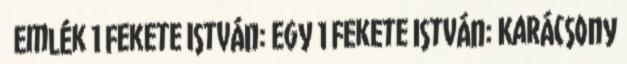
Emlék 1 Fekete István: Egy 1 Fekete István: Karácsony